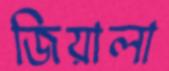
জিয়ালা